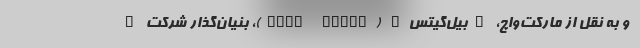
و به نقل از مارکت‌واچ، "بیل‌گیتس" (Bill Gates)، بنیان‌گذار شرکت "